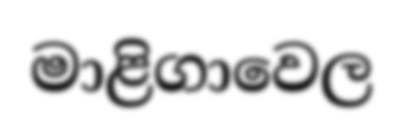
මාළිගාවෙල